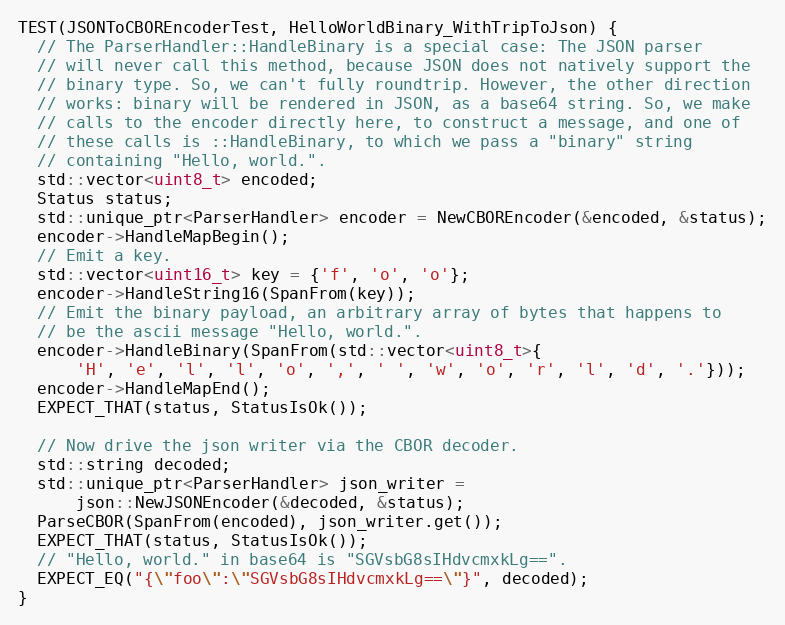
Language: C++
TEST(JSONToCBOREncoderTest, HelloWorldBinary_WithTripToJson) {
  // The ParserHandler::HandleBinary is a special case: The JSON parser
  // will never call this method, because JSON does not natively support the
  // binary type. So, we can't fully roundtrip. However, the other direction
  // works: binary will be rendered in JSON, as a base64 string. So, we make
  // calls to the encoder directly here, to construct a message, and one of
  // these calls is ::HandleBinary, to which we pass a "binary" string
  // containing "Hello, world.".
  std::vector<uint8_t> encoded;
  Status status;
  std::unique_ptr<ParserHandler> encoder = NewCBOREncoder(&encoded, &status);
  encoder->HandleMapBegin();
  // Emit a key.
  std::vector<uint16_t> key = {'f', 'o', 'o'};
  encoder->HandleString16(SpanFrom(key));
  // Emit the binary payload, an arbitrary array of bytes that happens to
  // be the ascii message "Hello, world.".
  encoder->HandleBinary(SpanFrom(std::vector<uint8_t>{
      'H', 'e', 'l', 'l', 'o', ',', ' ', 'w', 'o', 'r', 'l', 'd', '.'}));
  encoder->HandleMapEnd();
  EXPECT_THAT(status, StatusIsOk());

  // Now drive the json writer via the CBOR decoder.
  std::string decoded;
  std::unique_ptr<ParserHandler> json_writer =
      json::NewJSONEncoder(&decoded, &status);
  ParseCBOR(SpanFrom(encoded), json_writer.get());
  EXPECT_THAT(status, StatusIsOk());
  // "Hello, world." in base64 is "SGVsbG8sIHdvcmxkLg==".
  EXPECT_EQ("{\"foo\":\"SGVsbG8sIHdvcmxkLg==\"}", decoded);
}